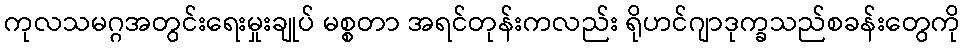
ကုလသမဂ္ဂအတွင်းရေးမှုးချုပ် မစ္စတာ အရင်တုန်းကလည်း ရိုဟင်ဂျာဒုက္ခသည်စခန်းတွေကို